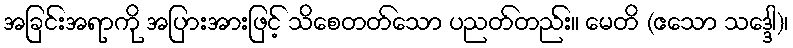
အခြင်းအရာကို အပြားအားဖြင့် သိစေတတ်သော ပညတ်တည်း။ မေတိ (ဧသော သဒ္ဒေါ)၊